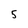
Character: 5